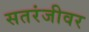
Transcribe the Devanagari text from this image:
सतरंजीवर